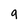
Character: q